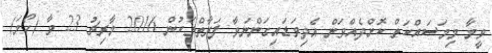
ވީމާ މިމަސައްކަތް ކޮށްދެއްވަން އެދިވަޑައިގަންނަވާ ފަރާތްތަކުން 2016 މާރިޗު 23 ވާ (ހޯމަ)